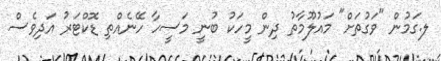
ލ.ގަމުން "ވަގުތަށް" މައުލޫމާތު ދިން މީހަކު ބުނީ މަސީހާ ހޭނެއްތި ޑޮކްޓަރު އަދިވެސް